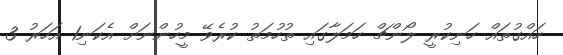
ހައްގުތައް ހަނިކުރީ ލޯންޗް ހަމަލާގައި ތުހުމަތު ކުރެވޭ މީހުންނަށް އެކަނި1 އަހަރު 3